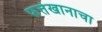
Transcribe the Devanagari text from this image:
फत्तेखानाचा